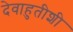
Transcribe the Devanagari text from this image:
देवाहुतीशी